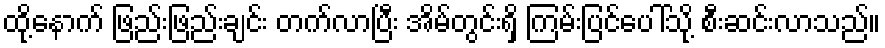
ထို့နောက် ဖြည်းဖြည်းချင်း တက်လာပြီး အိမ်တွင်းရှိ ကြမ်းပြင်ပေါ်သို့ စီးဆင်းလာသည်။